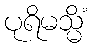
ပုရိမသ္မိံ